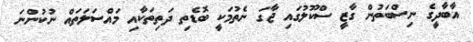
އާބާދީގެ ނިސްބަތުން ގާޒީ ސްކޫލުގައި ޖާގަ ނެތުމަކީ ބޮޑެތި ދަތިތަކާއި މައްސަލަތައް ނުކުންނަ